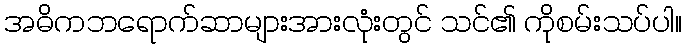
အဓိကဘရောက်ဆာများအားလုံးတွင် သင်၏ ကိုစမ်းသပ်ပါ။